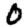
Digit: 0